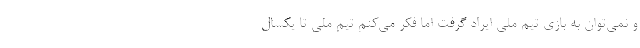
و نمی‌توان به بازی تیم ملی ایراد گرفت اما فکر می‌کنم تیم ملی تا یکسال